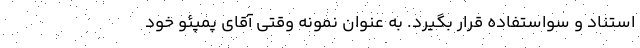
استناد و سواستفاده قرار بگیرد. به عنوان نمونه وقتی آقای پمپئو خود